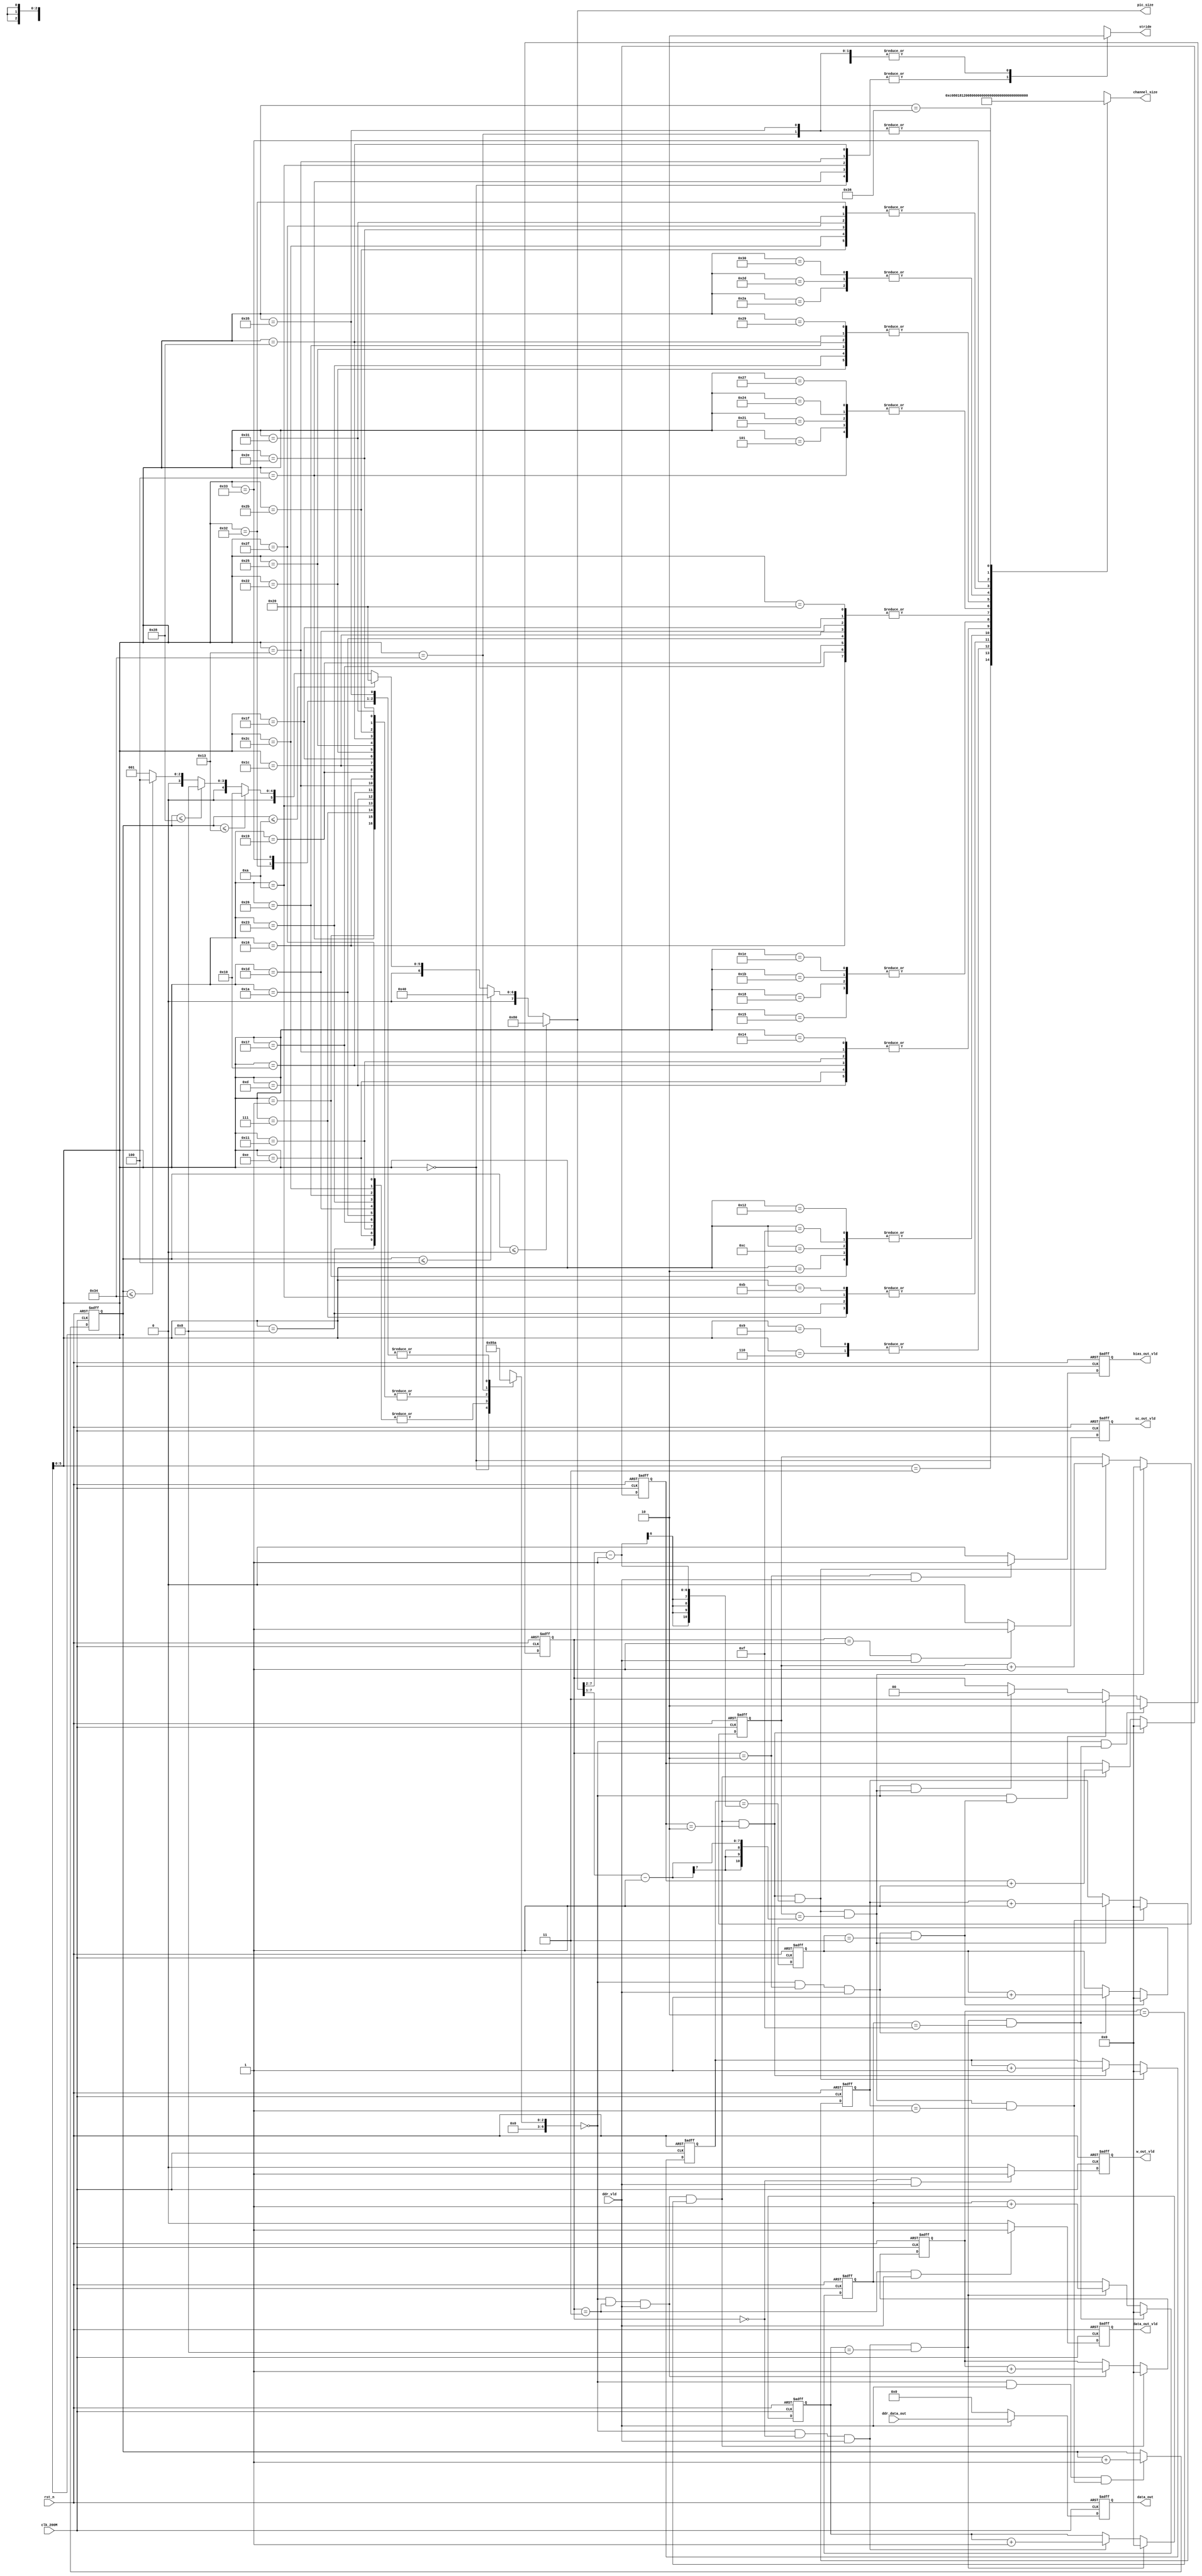
module ddr_rd_data_pro(
    input                       clk_200M,
    input                       rst_n,
    
    input                       ddr_vld,
    input [127:0]               ddr_data_out,
    
    output reg                  data_out_vld,
    output reg                  w_out_vld,
    output reg                  sc_out_vld,
    output reg                  bias_out_vld,
    output reg [127:0]          data_out,
    
    // output reg                  mode_change,
    // output reg [1:0]            op_mode,
    output reg [7:0]            pic_size,
    output  [10:0]              channel_size,
    output                      stride
);

//-------------------------------------------
// regs & wires & parameters
//-------------------------------------------
parameter CONV_MODE  = 2'd0;
parameter DW_MODE    = 2'd1;
parameter PW_MODE    = 2'd2;
parameter AVGPL_MODE = 2'd3;

parameter L_CONV  = 3'd0;
parameter L_DW    = 3'd1;
parameter L_PW    = 3'd2;
parameter L_AVGPL = 3'd3;
parameter L_PW_SC = 3'd4;

parameter ST_W_RD    = 2'd0;
parameter ST_SC_RD   = 2'd1;
parameter ST_BIAS_RD = 2'd2;
parameter ST_DATA_RD = 2'd3;

wire [2:0]                      layer_type[53:0];

wire [6:0]                      pic_size_thre_128;
wire [6:0]                      pic_size_thre_64;
wire [6:0]                      pic_size_thre_32;
wire [6:0]                      pic_size_thre_16;
wire [6:0]                      pic_size_thre_8 ;
wire [6:0]                      pic_size_thre_4 ;
wire [6:0]                      layer_type_cur;
reg [6:0]                       layer_num_cur;

wire [10:0]                     c_size_i[54:0];
wire                            s_value[53:0];

reg [1:0]                       st_rd_cur;

//-------------------------------------------
// ddr_vld counter
//-------------------------------------------
// reg [10:0]                      ddr_vld_cnt;
// always @ (posedge clk_200M or negedge rst_n)
// begin
    // if(!rst_n) begin
        // ddr_vld_cnt <= 11'd0;
    // end
    // else if () begin
        // ddr_vld_cnt <= 11'd0;
    // end
    // else if (ddr_vld == 1'b1) begin
        // ddr_vld_cnt <= ddr_vld_cnt + 1'b1;
    // end
// end

//-------------------------------------------
// weight counter for conv layer
//-------------------------------------------
reg [10:0]                      w_cnt_conv_l1;
reg [10:0]                      w_cnt_conv_l2;
reg [10:0]                      w_cnt_conv_l3;
always @ (posedge clk_200M or negedge rst_n)
begin
    if(!rst_n) begin
        w_cnt_conv_l1 <= 11'd0;
    end
    else if (layer_type_cur == L_CONV && st_rd_cur == ST_W_RD && ddr_vld == 1'b1 && w_cnt_conv_l1 == 11'd8) begin
        w_cnt_conv_l1 <= 11'd0;
    end
    else if (layer_type_cur == L_CONV && st_rd_cur == ST_W_RD && ddr_vld == 1'b1) begin
        w_cnt_conv_l1 <= w_cnt_conv_l1 + 1'b1;
    end
end

always @ (posedge clk_200M or negedge rst_n)
begin
    if(!rst_n) begin
        w_cnt_conv_l2 <= 11'd0;
    end
    else if (layer_type_cur == L_CONV && st_rd_cur == ST_W_RD && ddr_vld == 1'b1 && w_cnt_conv_l1 == 11'd8 && w_cnt_conv_l2 == 11'd15) begin
        w_cnt_conv_l2 <= 11'd0;
    end
    else if (layer_type_cur == L_CONV && st_rd_cur == ST_W_RD && ddr_vld == 1'b1 && w_cnt_conv_l1 == 11'd8) begin
        w_cnt_conv_l2 <= w_cnt_conv_l2 + 1'b1;
    end
end

always @ (posedge clk_200M or negedge rst_n)
begin
    if(!rst_n) begin
        w_cnt_conv_l3 <= 11'd0;
    end
    else if (layer_type_cur == L_CONV && st_rd_cur == ST_W_RD && ddr_vld == 1'b1 && w_cnt_conv_l1 == 11'd8 && w_cnt_conv_l2 == 11'd15 && w_cnt_conv_l3 == 11'd1) begin
        w_cnt_conv_l3 <= 11'd0;
    end
    else if (layer_type_cur == L_CONV && st_rd_cur == ST_W_RD && ddr_vld == 1'b1 && w_cnt_conv_l1 == 11'd8 && w_cnt_conv_l2 == 11'd15) begin
        w_cnt_conv_l3 <= w_cnt_conv_l3 + 1'b1;
    end
end

wire                            w_op_done_each_conv;
assign w_op_done_each_conv = layer_type_cur == L_CONV && st_rd_cur == ST_W_RD && ddr_vld == 1'b1 && w_cnt_conv_l1 == 11'd8 && w_cnt_conv_l2 == 11'd15;
//-------------------------------------------
// bias counter for conv layer
//-------------------------------------------
reg [10:0]                      bias_cnt_conv_l1;
reg [10:0]                      bias_cnt_conv_l2;
always @ (posedge clk_200M or negedge rst_n)
begin
    if(!rst_n) begin
        bias_cnt_conv_l1 <= 11'd0;
    end
    else if (layer_type_cur == L_CONV && st_rd_cur == ST_BIAS_RD && ddr_vld == 1'b1 && bias_cnt_conv_l1 == 11'd3) begin
        bias_cnt_conv_l1 <= 11'd0;
    end
    else if (layer_type_cur == L_CONV && st_rd_cur == ST_BIAS_RD && ddr_vld == 1'b1) begin
        bias_cnt_conv_l1 <= bias_cnt_conv_l1 + 1'b1;
    end
end

always @ (posedge clk_200M or negedge rst_n)
begin
    if(!rst_n) begin
        bias_cnt_conv_l2 <= 11'd0;
    end
    else if (layer_type_cur == L_CONV && st_rd_cur == ST_BIAS_RD && ddr_vld == 1'b1 && bias_cnt_conv_l1 == 11'd3 && bias_cnt_conv_l2 == 11'd1) begin
        bias_cnt_conv_l2 <= 11'd0;
    end
    else if (layer_type_cur == L_CONV && st_rd_cur == ST_BIAS_RD && ddr_vld == 1'b1 && bias_cnt_conv_l1 == 11'd3) begin
        bias_cnt_conv_l2 <= bias_cnt_conv_l2 + 1'b1;
    end
end

wire                            bias_op_done_each_conv;
assign bias_op_done_each_conv = layer_type_cur == L_CONV && st_rd_cur == ST_BIAS_RD && ddr_vld == 1'b1 && bias_cnt_conv_l1 == 11'd3;
//-------------------------------------------
// data counter for conv layer
//-------------------------------------------
reg [10:0]                      data_cnt_conv_l1;
reg [10:0]                      data_cnt_conv_l2;
reg [10:0]                      data_cnt_conv_l3;
reg [10:0]                      data_cnt_conv_l4;
reg [10:0]                      data_cnt_conv_l5;
always @ (posedge clk_200M or negedge rst_n)
begin
    if(!rst_n) begin
        data_cnt_conv_l1 <= 11'd0;
    end
    else if (layer_type_cur == L_CONV && st_rd_cur == ST_DATA_RD && ddr_vld == 1'b1 && data_cnt_conv_l1 == 11'd2) begin
        data_cnt_conv_l1 <= 11'd0;
    end
    else if (layer_type_cur == L_CONV && st_rd_cur == ST_DATA_RD && ddr_vld == 1'b1) begin
        data_cnt_conv_l1 <= data_cnt_conv_l1 + 1'b1;
    end
end

always @ (posedge clk_200M or negedge rst_n)
begin
    if(!rst_n) begin
        data_cnt_conv_l2 <= 11'd0;
    end
    else if (layer_type_cur == L_CONV && st_rd_cur == ST_DATA_RD && ddr_vld == 1'b1 && data_cnt_conv_l1 == 11'd2 && data_cnt_conv_l2 == 11'd2) begin
        data_cnt_conv_l2 <= 11'd0;
    end
    else if (layer_type_cur == L_CONV && st_rd_cur == ST_DATA_RD && ddr_vld == 1'b1 && data_cnt_conv_l1 == 11'd2) begin
        data_cnt_conv_l2 <= data_cnt_conv_l2 + 1'b1;
    end
end

wire [10:0]                     pic_size_quarter_1;
assign pic_size_quarter_1 = pic_size[7:2] - 1'b1;
always @ (posedge clk_200M or negedge rst_n)
begin
    if(!rst_n) begin
        data_cnt_conv_l3 <= 11'd0;
    end
    else if (layer_type_cur == L_CONV && st_rd_cur == ST_DATA_RD && ddr_vld == 1'b1 && data_cnt_conv_l1 == 11'd2 && data_cnt_conv_l2 == 11'd2 && data_cnt_conv_l3 == pic_size_quarter_1) begin
        data_cnt_conv_l3 <= 11'd0;
    end
    else if (layer_type_cur == L_CONV && st_rd_cur == ST_DATA_RD && ddr_vld == 1'b1 && data_cnt_conv_l1 == 11'd2 && data_cnt_conv_l2 == 11'd2) begin
        data_cnt_conv_l3 <= data_cnt_conv_l3 + 1'b1;
    end
end

wire [10:0]                     pic_size_half_1;
assign pic_size_half_1 = pic_size[7:1] - 1'b1;
always @ (posedge clk_200M or negedge rst_n)
begin
    if(!rst_n) begin
        data_cnt_conv_l4 <= 11'd0;
    end
    else if (layer_type_cur == L_CONV && st_rd_cur == ST_DATA_RD && ddr_vld == 1'b1 && data_cnt_conv_l1 == 11'd2 && data_cnt_conv_l2 == 11'd2 && data_cnt_conv_l3 == pic_size_quarter_1 && data_cnt_conv_l4 == pic_size_half_1) begin
        data_cnt_conv_l4 <= 11'd0;
    end
    else if (layer_type_cur == L_CONV && st_rd_cur == ST_DATA_RD && ddr_vld == 1'b1 && data_cnt_conv_l1 == 11'd2 && data_cnt_conv_l2 == 11'd2 && data_cnt_conv_l3 == pic_size_quarter_1) begin
        data_cnt_conv_l4 <= data_cnt_conv_l4 + 1'b1;
    end
end

always @ (posedge clk_200M or negedge rst_n)
begin
    if(!rst_n) begin
        data_cnt_conv_l5 <= 11'd0;
    end
    else if (layer_type_cur == L_CONV && st_rd_cur == ST_DATA_RD && ddr_vld == 1'b1 && data_cnt_conv_l1 == 11'd2 && data_cnt_conv_l2 == 11'd2 && data_cnt_conv_l3 == pic_size_quarter_1 && data_cnt_conv_l4 == pic_size_half_1 && data_cnt_conv_l5 == 11'd1) begin
        data_cnt_conv_l5 <= 11'd0;
    end
    else if (layer_type_cur == L_CONV && st_rd_cur == ST_DATA_RD && ddr_vld == 1'b1 && data_cnt_conv_l1 == 11'd2 && data_cnt_conv_l2 == 11'd2 && data_cnt_conv_l3 == pic_size_quarter_1 && data_cnt_conv_l4 == pic_size_half_1) begin
        data_cnt_conv_l5 <= data_cnt_conv_l5 + 1'b1;
    end
end

wire                            data_op_done_each_conv;
assign data_op_done_each_conv = layer_type_cur == L_CONV && st_rd_cur == ST_DATA_RD && ddr_vld == 1'b1 && data_cnt_conv_l1 == 11'd2 && data_cnt_conv_l2 == 11'd2 && data_cnt_conv_l3 == pic_size_quarter_1 && data_cnt_conv_l4 == pic_size_half_1;

wire                            conv_all_done;
assign conv_all_done = layer_type_cur == L_CONV && st_rd_cur == ST_DATA_RD && ddr_vld == 1'b1 && data_cnt_conv_l1 == 11'd2 && data_cnt_conv_l2 == 11'd2 && data_cnt_conv_l3 == pic_size_quarter_1 && data_cnt_conv_l4 == pic_size_half_1 && data_cnt_conv_l5 == 11'd1;

//-------------------------------------------
// state change
//-------------------------------------------
// reg [1:0]                       st_rd_cur;
always @ (posedge clk_200M or negedge rst_n)
begin
    if(!rst_n) begin
        st_rd_cur <= 2'd0;
    end
    else if (layer_type_cur == L_CONV && w_op_done_each_conv == 1'b1) begin
        st_rd_cur <= ST_BIAS_RD;
    end
    else if (layer_type_cur == L_CONV && bias_op_done_each_conv == 1'b1) begin
        st_rd_cur <= ST_DATA_RD;
    end
    else if (layer_type_cur == L_CONV && data_op_done_each_conv == 1'b1) begin
        st_rd_cur <= ST_W_RD;
    end
end

//-------------------------------------------
// layer_num_cur counter
//-------------------------------------------
assign layer_type_cur = layer_type[layer_num_cur];

always @ (posedge clk_200M or negedge rst_n)
begin
    if(!rst_n) begin
        layer_num_cur <= 7'b0;
    end
    else if (layer_type_cur == L_CONV && ddr_vld == 1'b1 && conv_all_done == 1'b1) begin
        layer_num_cur <= layer_num_cur + 1'b1;
    end
end

//-------------------------------------------
// output valid control
//-------------------------------------------
// reg                  data_out_vld,
// reg                  w_out_vld,
// reg                  sc_out_vld,
// reg                  bias_out_vld,
// reg [127:0]          data_out,
always @ (posedge clk_200M or negedge rst_n)
begin
    if(!rst_n) begin
        w_out_vld <= 1'b0;
    end
    else if (st_rd_cur == ST_W_RD && ddr_vld == 1'b1) begin
        w_out_vld <= 1'b1;
    end
    else begin
        w_out_vld <= 1'b0;
    end
end

always @ (posedge clk_200M or negedge rst_n)
begin
    if(!rst_n) begin
        sc_out_vld <= 1'b0;
    end
    else if (st_rd_cur == ST_SC_RD && ddr_vld == 1'b1) begin
        sc_out_vld <= 1'b1;
    end
    else begin
        sc_out_vld <= 1'b0;
    end
end

always @ (posedge clk_200M or negedge rst_n)
begin
    if(!rst_n) begin
        bias_out_vld <= 1'b0;
    end
    else if (st_rd_cur == ST_BIAS_RD && ddr_vld == 1'b1) begin
        bias_out_vld <= 1'b1;
    end
    else begin
        bias_out_vld <= 1'b0;
    end
end

always @ (posedge clk_200M or negedge rst_n)
begin
    if(!rst_n) begin
        data_out_vld <= 1'b0;
    end
    else if (st_rd_cur == ST_DATA_RD && ddr_vld == 1'b1) begin
        data_out_vld <= 1'b1;
    end
    else begin
        data_out_vld <= 1'b0;
    end
end

always @ (posedge clk_200M or negedge rst_n)
begin
    if(!rst_n) begin
        data_out <= 128'b0;
    end
    else if (ddr_vld == 1'b1) begin
        data_out <= ddr_data_out;
    end
    else begin
        data_out <= 128'b0;
    end
end

//-------------------------------------------
// generate control signal
//-------------------------------------------
// reg                             flag_initial;
// always @ (posedge clk_200M or negedge rst_n)
// begin
    // if(!rst_n) begin
        // flag_initial <= 1'b0;
    // end
    // else if (ddr_vld == 1'b1 && layer_type_cur == L_CONV && w_cnt_conv_l1 == 11'd0 && w_cnt_conv_l2 == 11'd0 && w_cnt_conv_l3 == 11'd0) begin
        // flag_initial <= 1'b1;
    // end
// end

// always @ (posedge clk_200M or negedge rst_n)
// begin
    // if(!rst_n) begin
        // mode_change <= 1'b0;
    // end
    // else if (ddr_vld == 1'b1 && layer_type_cur == L_CONV && w_cnt_conv_l1 == 11'd0 && w_cnt_conv_l2 == 11'd0 && w_cnt_conv_l3 == 11'd0 && flag_initial == 1'b0) begin
        // mode_change <= 1'b1;
    // end
    // else if (ddr_vld == 1'b1 && layer_type_cur == L_CONV && conv_all_done == 1'b1) begin
        // mode_change <= 1'b1;
    // end
    // else begin
        // mode_change <= 1'b0;
    // end
// end

// always @ (posedge clk_200M or negedge rst_n)
// begin
    // if(!rst_n) begin
        // op_mode <= 2'b0;
    // end
    // else if (layer_type_cur == L_PW_SC) begin
        // op_mode <= L_PW[1:0];
    // end
    // else begin
        // op_mode <= layer_type_cur[1:0];
    // end
// end

// always @ (posedge clk_200M or negedge rst_n)
// begin
    // if(!rst_n) begin
        // channel_size <= 11'd0;
    // end
    // else begin
        // channel_size <= c_size_i[layer_num_cur];
    // end
// end
assign channel_size = c_size_i[layer_num_cur];

assign stride = s_value[layer_num_cur];

//-------------------------------------------
// Network frame parameters
//-------------------------------------------
//layer type
assign layer_type[0]  = L_CONV;  assign layer_type[18] = L_PW;     assign layer_type[36] = L_PW;   
assign layer_type[1]  = L_DW;    assign layer_type[19] = L_DW;     assign layer_type[37] = L_DW;   
assign layer_type[2]  = L_PW;    assign layer_type[20] = L_PW;     assign layer_type[38] = L_PW_SC;

assign layer_type[3] = L_PW;     assign layer_type[21] = L_PW;     assign layer_type[39] = L_PW;
assign layer_type[4] = L_DW;     assign layer_type[22] = L_DW;     assign layer_type[40] = L_DW;
assign layer_type[5] = L_PW;     assign layer_type[23] = L_PW_SC;  assign layer_type[41] = L_PW;

assign layer_type[6] = L_PW;     assign layer_type[24] = L_PW;     assign layer_type[42] = L_PW;
assign layer_type[7] = L_DW;     assign layer_type[25] = L_DW;     assign layer_type[43] = L_DW;
assign layer_type[8] = L_PW_SC;  assign layer_type[26] = L_PW_SC;  assign layer_type[44] = L_PW_SC;

assign layer_type[9 ] = L_PW;    assign layer_type[27] = L_PW;     assign layer_type[45] = L_PW;   
assign layer_type[10] = L_DW;    assign layer_type[28] = L_DW;     assign layer_type[46] = L_DW;   
assign layer_type[11] = L_PW;    assign layer_type[29] = L_PW_SC;  assign layer_type[47] = L_PW_SC;

assign layer_type[12] = L_PW;    assign layer_type[30] = L_PW;     assign layer_type[48] = L_PW;
assign layer_type[13] = L_DW;    assign layer_type[31] = L_DW;     assign layer_type[49] = L_DW;
assign layer_type[14] = L_PW_SC; assign layer_type[32] = L_PW;     assign layer_type[50] = L_PW;

assign layer_type[15] = L_PW;    assign layer_type[33] = L_PW;     assign layer_type[51] = L_PW;
assign layer_type[16] = L_DW;    assign layer_type[34] = L_DW;     assign layer_type[52] = L_AVGPL;
assign layer_type[17] = L_PW_SC; assign layer_type[35] = L_PW_SC;  assign layer_type[53] = L_PW;


assign pic_size_thre_128 = 7'd0;
assign pic_size_thre_64  = 7'd4;
assign pic_size_thre_32  = 7'd10;
assign pic_size_thre_16  = 7'd19;
assign pic_size_thre_8   = 7'd40;
assign pic_size_thre_4   = 7'd52; 

always @ (*)
begin
    if (layer_num_cur <= pic_size_thre_128) begin
        pic_size = 8'd128;
    end
    else if (layer_num_cur <= pic_size_thre_64) begin
        pic_size = 8'd64;
    end
    else if (layer_num_cur <= pic_size_thre_32) begin
        pic_size = 8'd32;
    end
    else if (layer_num_cur <= pic_size_thre_16) begin
        pic_size = 8'd16;
    end
    else if (layer_num_cur <= pic_size_thre_8) begin
        pic_size = 8'd8;
    end
    else if (layer_num_cur <= pic_size_thre_4) begin
        pic_size = 8'd4;
    end
    else begin
        pic_size = 8'd1;
    end
end

//c_size_i
assign c_size_i[ 0] = 11'd3   ; assign c_size_i[19] = 11'd192 ; assign c_size_i[37] = 11'd576 ; 
assign c_size_i[ 1] = 11'd32  ; assign c_size_i[20] = 11'd192 ; assign c_size_i[38] = 11'd576 ;
assign c_size_i[ 2] = 11'd32  ; assign c_size_i[21] = 11'd64  ; assign c_size_i[39] = 11'd96  ; 
assign c_size_i[ 3] = 11'd16  ; assign c_size_i[22] = 11'd384 ; assign c_size_i[40] = 11'd576 ; 
assign c_size_i[ 4] = 11'd96  ; assign c_size_i[23] = 11'd384 ; assign c_size_i[41] = 11'd576 ;
assign c_size_i[ 5] = 11'd96  ; assign c_size_i[24] = 11'd64  ; assign c_size_i[42] = 11'd160 ; 
assign c_size_i[ 6] = 11'd24  ; assign c_size_i[25] = 11'd384 ; assign c_size_i[43] = 11'd960 ; 
assign c_size_i[ 7] = 11'd144 ; assign c_size_i[26] = 11'd384 ; assign c_size_i[44] = 11'd960 ;
assign c_size_i[ 8] = 11'd144 ; assign c_size_i[27] = 11'd64  ; assign c_size_i[45] = 11'd160 ; 
assign c_size_i[ 9] = 11'd24  ; assign c_size_i[28] = 11'd384 ; assign c_size_i[46] = 11'd960 ; 
assign c_size_i[10] = 11'd144 ; assign c_size_i[29] = 11'd384 ; assign c_size_i[47] = 11'd960 ;
assign c_size_i[11] = 11'd144 ; assign c_size_i[30] = 11'd64  ; assign c_size_i[48] = 11'd160 ; 
assign c_size_i[12] = 11'd32  ; assign c_size_i[31] = 11'd384 ; assign c_size_i[49] = 11'd960 ; 
assign c_size_i[13] = 11'd192 ; assign c_size_i[32] = 11'd384 ; assign c_size_i[50] = 11'd960 ;
assign c_size_i[14] = 11'd192 ; assign c_size_i[33] = 11'd96  ; assign c_size_i[51] = 11'd320 ; 
assign c_size_i[15] = 11'd32  ; assign c_size_i[34] = 11'd576 ; assign c_size_i[52] = 11'd1280; 
assign c_size_i[16] = 11'd192 ; assign c_size_i[35] = 11'd576 ; assign c_size_i[53] = 11'd1280;
assign c_size_i[17] = 11'd192 ; assign c_size_i[36] = 11'd96  ; assign c_size_i[54] = 11'd1001;
assign c_size_i[18] = 11'd32  ; 

//stride
assign s_value[ 0] = 1'd1; assign s_value[18] = 1'd0; assign s_value[36] = 1'd0;
assign s_value[ 1] = 1'd0; assign s_value[19] = 1'd1; assign s_value[37] = 1'd0;
assign s_value[ 2] = 1'd0; assign s_value[20] = 1'd0; assign s_value[38] = 1'd0;
assign s_value[ 3] = 1'd0; assign s_value[21] = 1'd0; assign s_value[39] = 1'd0;
assign s_value[ 4] = 1'd1; assign s_value[22] = 1'd0; assign s_value[40] = 1'd1;
assign s_value[ 5] = 1'd0; assign s_value[23] = 1'd0; assign s_value[41] = 1'd0;
assign s_value[ 6] = 1'd0; assign s_value[24] = 1'd0; assign s_value[42] = 1'd0;
assign s_value[ 7] = 1'd0; assign s_value[25] = 1'd0; assign s_value[43] = 1'd0;
assign s_value[ 8] = 1'd0; assign s_value[26] = 1'd0; assign s_value[44] = 1'd0;
assign s_value[ 9] = 1'd0; assign s_value[27] = 1'd0; assign s_value[45] = 1'd0;
assign s_value[10] = 1'd1; assign s_value[28] = 1'd0; assign s_value[46] = 1'd0;
assign s_value[11] = 1'd0; assign s_value[29] = 1'd0; assign s_value[47] = 1'd0;
assign s_value[12] = 1'd0; assign s_value[30] = 1'd0; assign s_value[48] = 1'd0;
assign s_value[13] = 1'd0; assign s_value[31] = 1'd0; assign s_value[49] = 1'd0;
assign s_value[14] = 1'd0; assign s_value[32] = 1'd0; assign s_value[50] = 1'd0;
assign s_value[15] = 1'd0; assign s_value[33] = 1'd0; assign s_value[51] = 1'd0;
assign s_value[16] = 1'd0; assign s_value[34] = 1'd0; assign s_value[52] = 1'd0;
assign s_value[17] = 1'd0; assign s_value[35] = 1'd0; assign s_value[53] = 1'd0;


endmodule